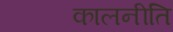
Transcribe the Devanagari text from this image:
कालनीति